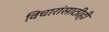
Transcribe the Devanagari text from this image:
विचारांसाठीही